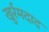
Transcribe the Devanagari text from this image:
खुर्रमदाद